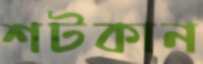
শটকান